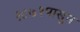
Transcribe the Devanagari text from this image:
१८७१पासून